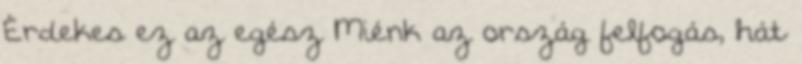
Érdekes ez az egész Miénk az ország felfogás, hát